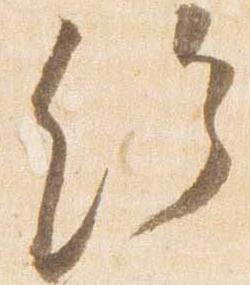
給